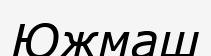
Южмаш